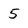
Character: 5